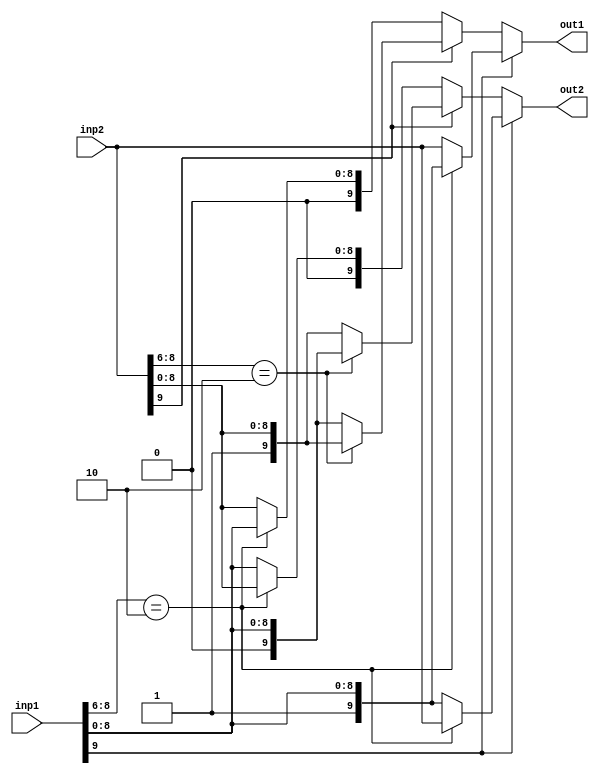
module arbb(
inp1,
inp2,
out1,
out2
);

input [9:0] inp1;
input [9:0] inp2;
output [9:0] out1;
output [9:0] out2;

wire [9:0] inp1;
wire [9:0] inp2;
reg [9:0] out1;
reg [9:0] out2;

       
always @ (inp2) begin
	if ( inp1[9] == 1'b1 ) begin 
		if (inp1[8:6] == 3'b010 ) begin 
			out1[9:0] = inp1[9:0];
		        out2[9:0] = inp2[9:0];
		end else begin 
		        out1[9:0] = inp2[9:0];
			out2[9:0] = inp1[9:0];
	        end
	end 
        /////////
	else if ( inp2[9] == 1'b1 ) begin 
	        if (inp2[8:6] == 3'b010 ) begin 
		        out1[9:0] = inp2[9:0];
		        out2[9:0] = inp1[9:0];
		end else begin 
	             	out1[9:0] = inp1[9:0];
		        out2[9:0] = inp2[9:0];
		end
	end 
	/////////
	else if (inp1[8:6] == 3'b010 ) begin 
	  	        out1[9:0] = inp1[9:0];
	        	out2[9:0] = inp2[9:0];
    	end 
	else begin 
	                out1[9:0] = inp2[9:0];
 		        out2[9:0] = inp1[9:0];
	end
end
endmodule